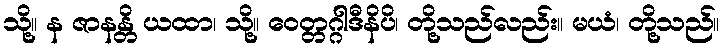
သို့။ န ဇာနန္တိ ယထာ၊ သို့။ ဝေတ္တဂ္ဂါဒီနိပိ၊ တို့သည်လည်း။ မယံ၊ တို့သည်။